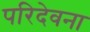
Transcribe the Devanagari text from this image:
परिदेवना